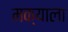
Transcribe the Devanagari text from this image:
मक्याला